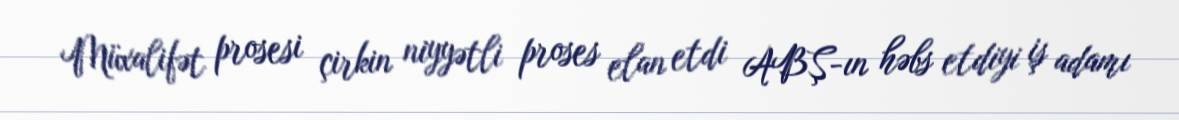
Müxalifət prosesi çirkin niyyətli proses elan etdi ABŞ-ın həbs etdiyi iş adamı